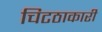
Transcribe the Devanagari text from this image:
चिटठाकारी